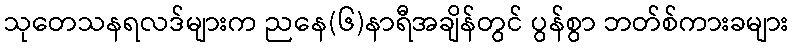
သုတေသနရလဒ်များက ညနေ(၆)နာရီအချိန်တွင် ပွန်စွာ ဘတ်စ်ကားခများ